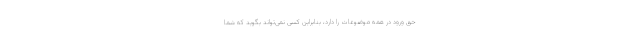
حق ورود در همه موضوعات را دارد، بنابراین کسی نمی‌تواند بگوید که شما